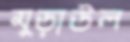
মুড়াউল